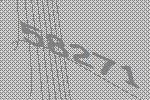
58271